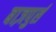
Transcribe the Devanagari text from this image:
बाज़पुर्स